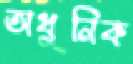
অধুনিক